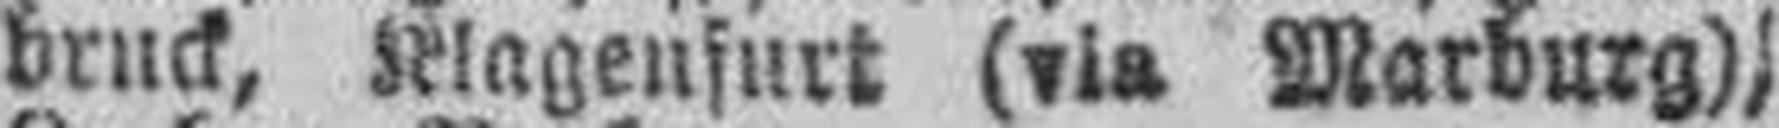
bruck, Klagenfurt (via Marburg),